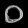
Digit: ၀